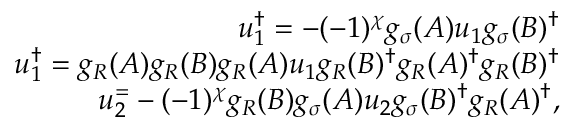
\begin{array} { r } { u _ { 1 } ^ { \dagger } = - ( - 1 ) ^ { \chi } g _ { \sigma } ( A ) u _ { 1 } g _ { \sigma } ( B ) ^ { \dagger } } \\ { u _ { 1 } ^ { \dagger } = g _ { R } ( A ) g _ { R } ( B ) g _ { R } ( A ) u _ { 1 } g _ { R } ( B ) ^ { \dagger } g _ { R } ( A ) ^ { \dagger } g _ { R } ( B ) ^ { \dagger } } \\ { u _ { 2 } ^ { = } - ( - 1 ) ^ { \chi } g _ { R } ( B ) g _ { \sigma } ( A ) u _ { 2 } g _ { \sigma } ( B ) ^ { \dagger } g _ { R } ( A ) ^ { \dagger } , } \end{array}